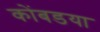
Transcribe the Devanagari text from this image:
कोंबडया